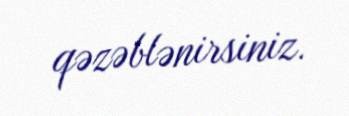
qəzəblənirsiniz.